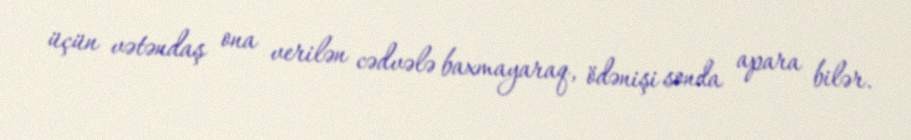
üçün vətəndaş ona verilən cədvələ baxmayaraq, ödənişi sonda apara bilər.